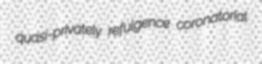
quasi-privately refulgence coronatorial